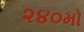
૨૪૦મો